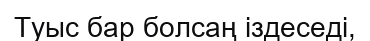
Туыс бар болсаң іздеседі,